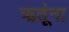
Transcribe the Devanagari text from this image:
ऋतूंना